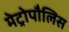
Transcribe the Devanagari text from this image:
मेट्रोपौलिस